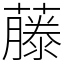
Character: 藤